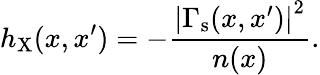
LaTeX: h_{\mathrm{X}}(x,x^{\prime})=-\frac{\left|\Gamma_{\mathrm{s}}(x,x^{\prime})\right|^{2}}{n(x)}.